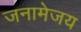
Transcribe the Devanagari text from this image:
जनामेजय